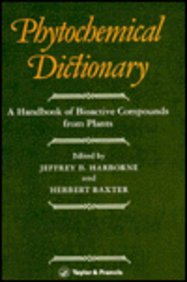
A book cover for Phytochemical Dictionary: A Handbook of Bioactive Compounds From Plants; Health, Fitness & Dieting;